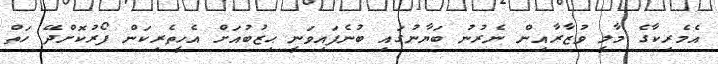
އެމެރިކާގެ މާލީ ވުޒާރާއިން ނެރުނު ބަޔާނުގައި ބުނެފައިވަނީ ޙިޒުބުއަށް އެހީތެރިކަން ފޯރުކޮށްދޭ ހަތް